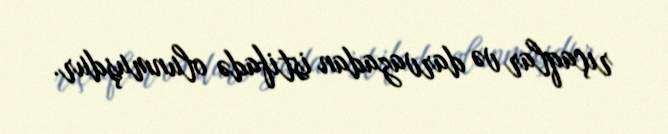
rıçaqlar və darvazadan istifadə olunmuşdur.